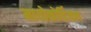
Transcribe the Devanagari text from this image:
मायोकोर्डियल